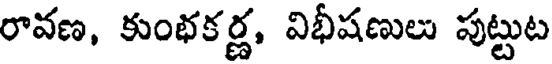
రావణ, కుంభకర్ణ, విభీషణులు పుట్టుట